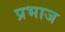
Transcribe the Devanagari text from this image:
प्रभाज